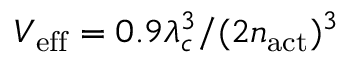
V _ { \mathrm { e f f } } = 0 . 9 \lambda _ { c } ^ { 3 } / ( 2 n _ { \mathrm { a c t } } ) ^ { 3 }